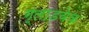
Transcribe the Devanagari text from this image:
ग्लाडबेक